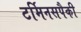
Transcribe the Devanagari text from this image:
टर्मिनसपैकी